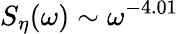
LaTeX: S_{\eta}(\omega)\sim\omega^{-4.01}